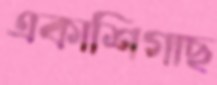
একাশিগাছ